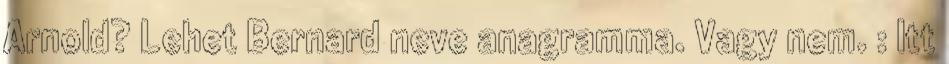
Arnold? Lehet Bernard neve anagramma. Vagy nem. : Itt